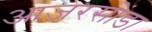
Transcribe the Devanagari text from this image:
आजरसोंडा